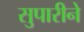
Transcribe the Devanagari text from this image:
सुपारीने